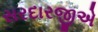
સરદારજીએ